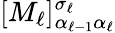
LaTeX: [M_{\ell}]_{\alpha_{\ell-1}\alpha_{\ell}}^{\sigma_{\ell}}